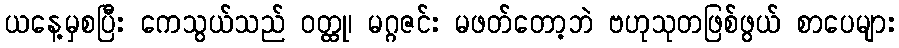
ယနေ့မှစပြီး ကေသွယ်သည် ဝတ္ထု၊ မဂ္ဂဇင်း မဖတ်တော့ဘဲ ဗဟုသုတဖြစ်ဖွယ် စာပေများ